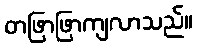
တဖြာဖြာကျလာသည်။